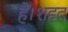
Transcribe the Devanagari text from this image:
हैं।शहद